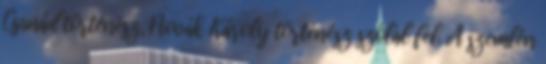
Csanád történész, Novák Károly történész szólal fel. A szemlén